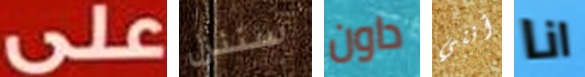
على سننزل داون أنني انا